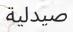
صيدلية